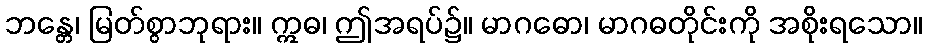
ဘန္တေ၊ မြတ်စွာဘုရား။ ဣဓ၊ ဤအရပ်၌။ မာဂဓော၊ မာဂဓတိုင်းကို အစိုးရသော။